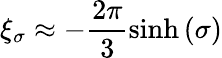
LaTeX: \xi_{\sigma}\approx-\frac{2\pi}{3}\sinh{(\sigma)}